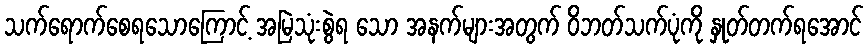
သက်ရောက်စေရသောကြောင့် အမြဲသုံးစွဲရ သော အနက်များအတွက် ဝိဘတ်သက်ပုံကို နှုတ်တက်ရအောင်